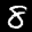
Label: 8